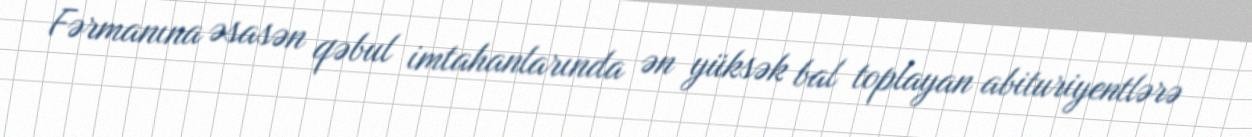
Fərmanına əsasən qəbul imtahanlarında ən yüksək bal toplayan abituriyentlərə